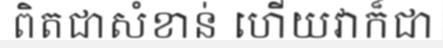
ពិតជាសំខាន់ ហើយវាក៏ជា